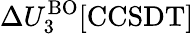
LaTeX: \Delta U_{3}^{\mathrm{BO}}[\mathrm{CCSDT]}